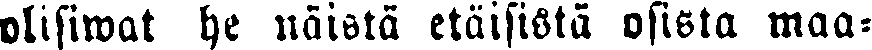
olisiwat he näistä etäisistä osista maa-